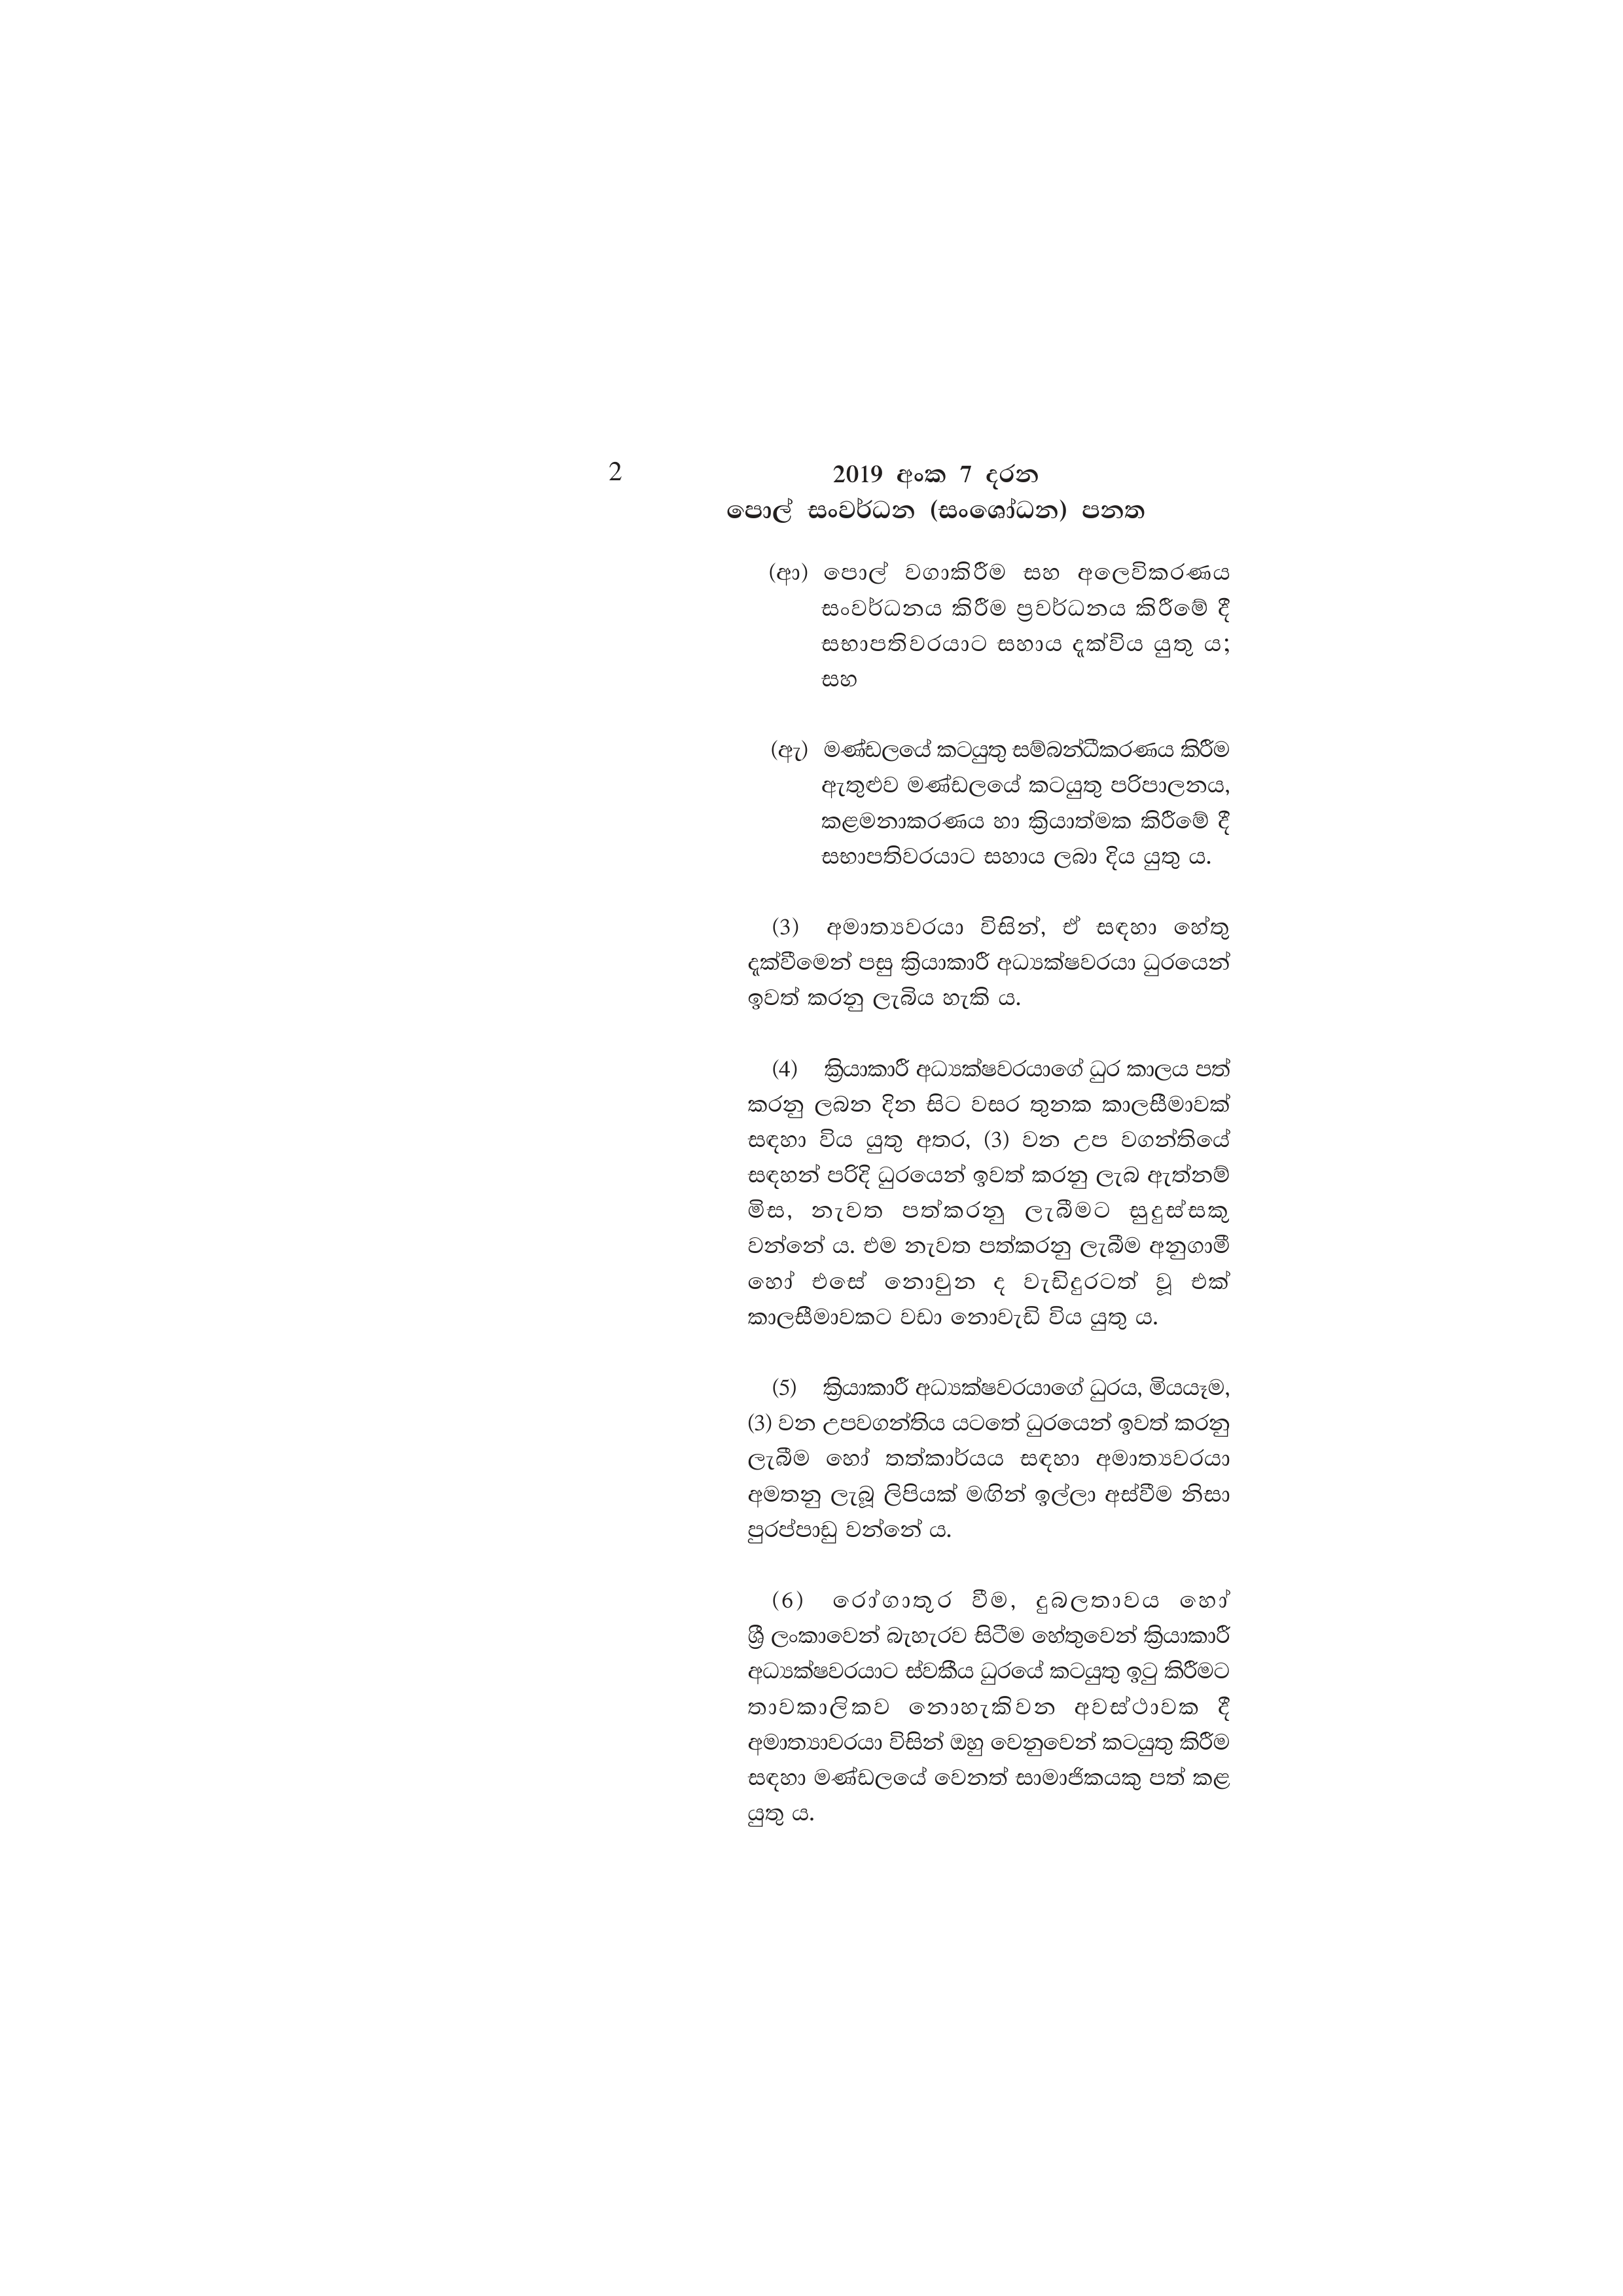
2 2019 අංක 7 දරන

පොල් සංවර්ධන (සංශෝධන) පනත

(ආ) පොල් වගාකිරීම සහ අලෙවිකරණය
සංවර්ධනය කිරීම ප්‍රවර්ධනය කිරීමේ දී
සභාපතිවරයාට සහාය දැක්විය යුතු ය;
සහ

(ඇ) මණ්ඩලයේ කටයුතු සම්බන්ධීකරණය කිරීම
ඇතුළුව මණ්ඩලයේ කටයුතු පරිපාලනය,
කළමනාකරණය හා ක්‍රියාත්මක කිරීමේ දී
සභාපතිවරයාට සහාය ලබා දිය යුතු ය.

(3) අමාත්‍යවරයා විසින්, ඒ සඳහා හේතු
දැක්වීමෙන් පසු ක්‍රියාකාරී අධ්‍යක්ෂවරයා ධුරයෙන්
ඉවත් කරනු ලැබිය හැකි ය.

(4) ක්‍රියාකාරී අධ්‍යක්ෂවරයාගේ ධුර කාලය පත්
කරනු ලබන දින සිට වසර තුනක කාලසීමාවක්
සඳහා විය යුතු අතර, (3) වන උප වගන්තියේ
සඳහන් පරිදි ධුරයෙන් ඉවත් කරනු ලැබ ඇත්නම්
මිස, නැවත පත්කරනු ලැබීමට සුදුස්සකු
වන්නේ ය. එම නැවත පත්කරනු ලැබීම අනුගාමී
හෝ එසේ නොවුන ද වැඩිදුරටත් වූ එක්
කාලසීමාවකට වඩා නොවැඩි විය යුතු ය.

(5) ක්‍රියාකාරී අධ්‍යක්ෂවරයාගේ ධුරය, මියයෑම,
(3) වන උපවගන්තිය යටතේ ධුරයෙන් ඉවත් කරනු
ලැබීම හෝ තත්කාර්යය සඳහා අමාත්‍යවරයා
අමතනු ලැබූ ලිපියක් මඟින් ඉල්ලා අස්වීම නිසා
පුරප්පාඩු වන්නේ ය.

(6) රෝගාතුර වීම, දුබලතාවය හෝ
ශ්‍රී ලංකාවෙන් බැහැරව සිටීම හේතුවෙන් ක්‍රියාකාරී
අධ්‍යක්ෂවරයාට ස්වකීය ධුරයේ කටයුතු ඉටු කිරීමට
තාවකාලිකව නොහැකිවන අවස්ථාවක දී
අමාත්‍යාවරයා විසින් ඔහු වෙනුවෙන් කටයුතු කිරීම
සඳහා මණ්ඩලයේ වෙනත් සාමාජිකයකු පත් කළ
යුතු ය.